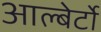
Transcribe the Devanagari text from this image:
आल्बेर्टो